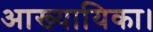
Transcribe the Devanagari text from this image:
आख्यायिका।